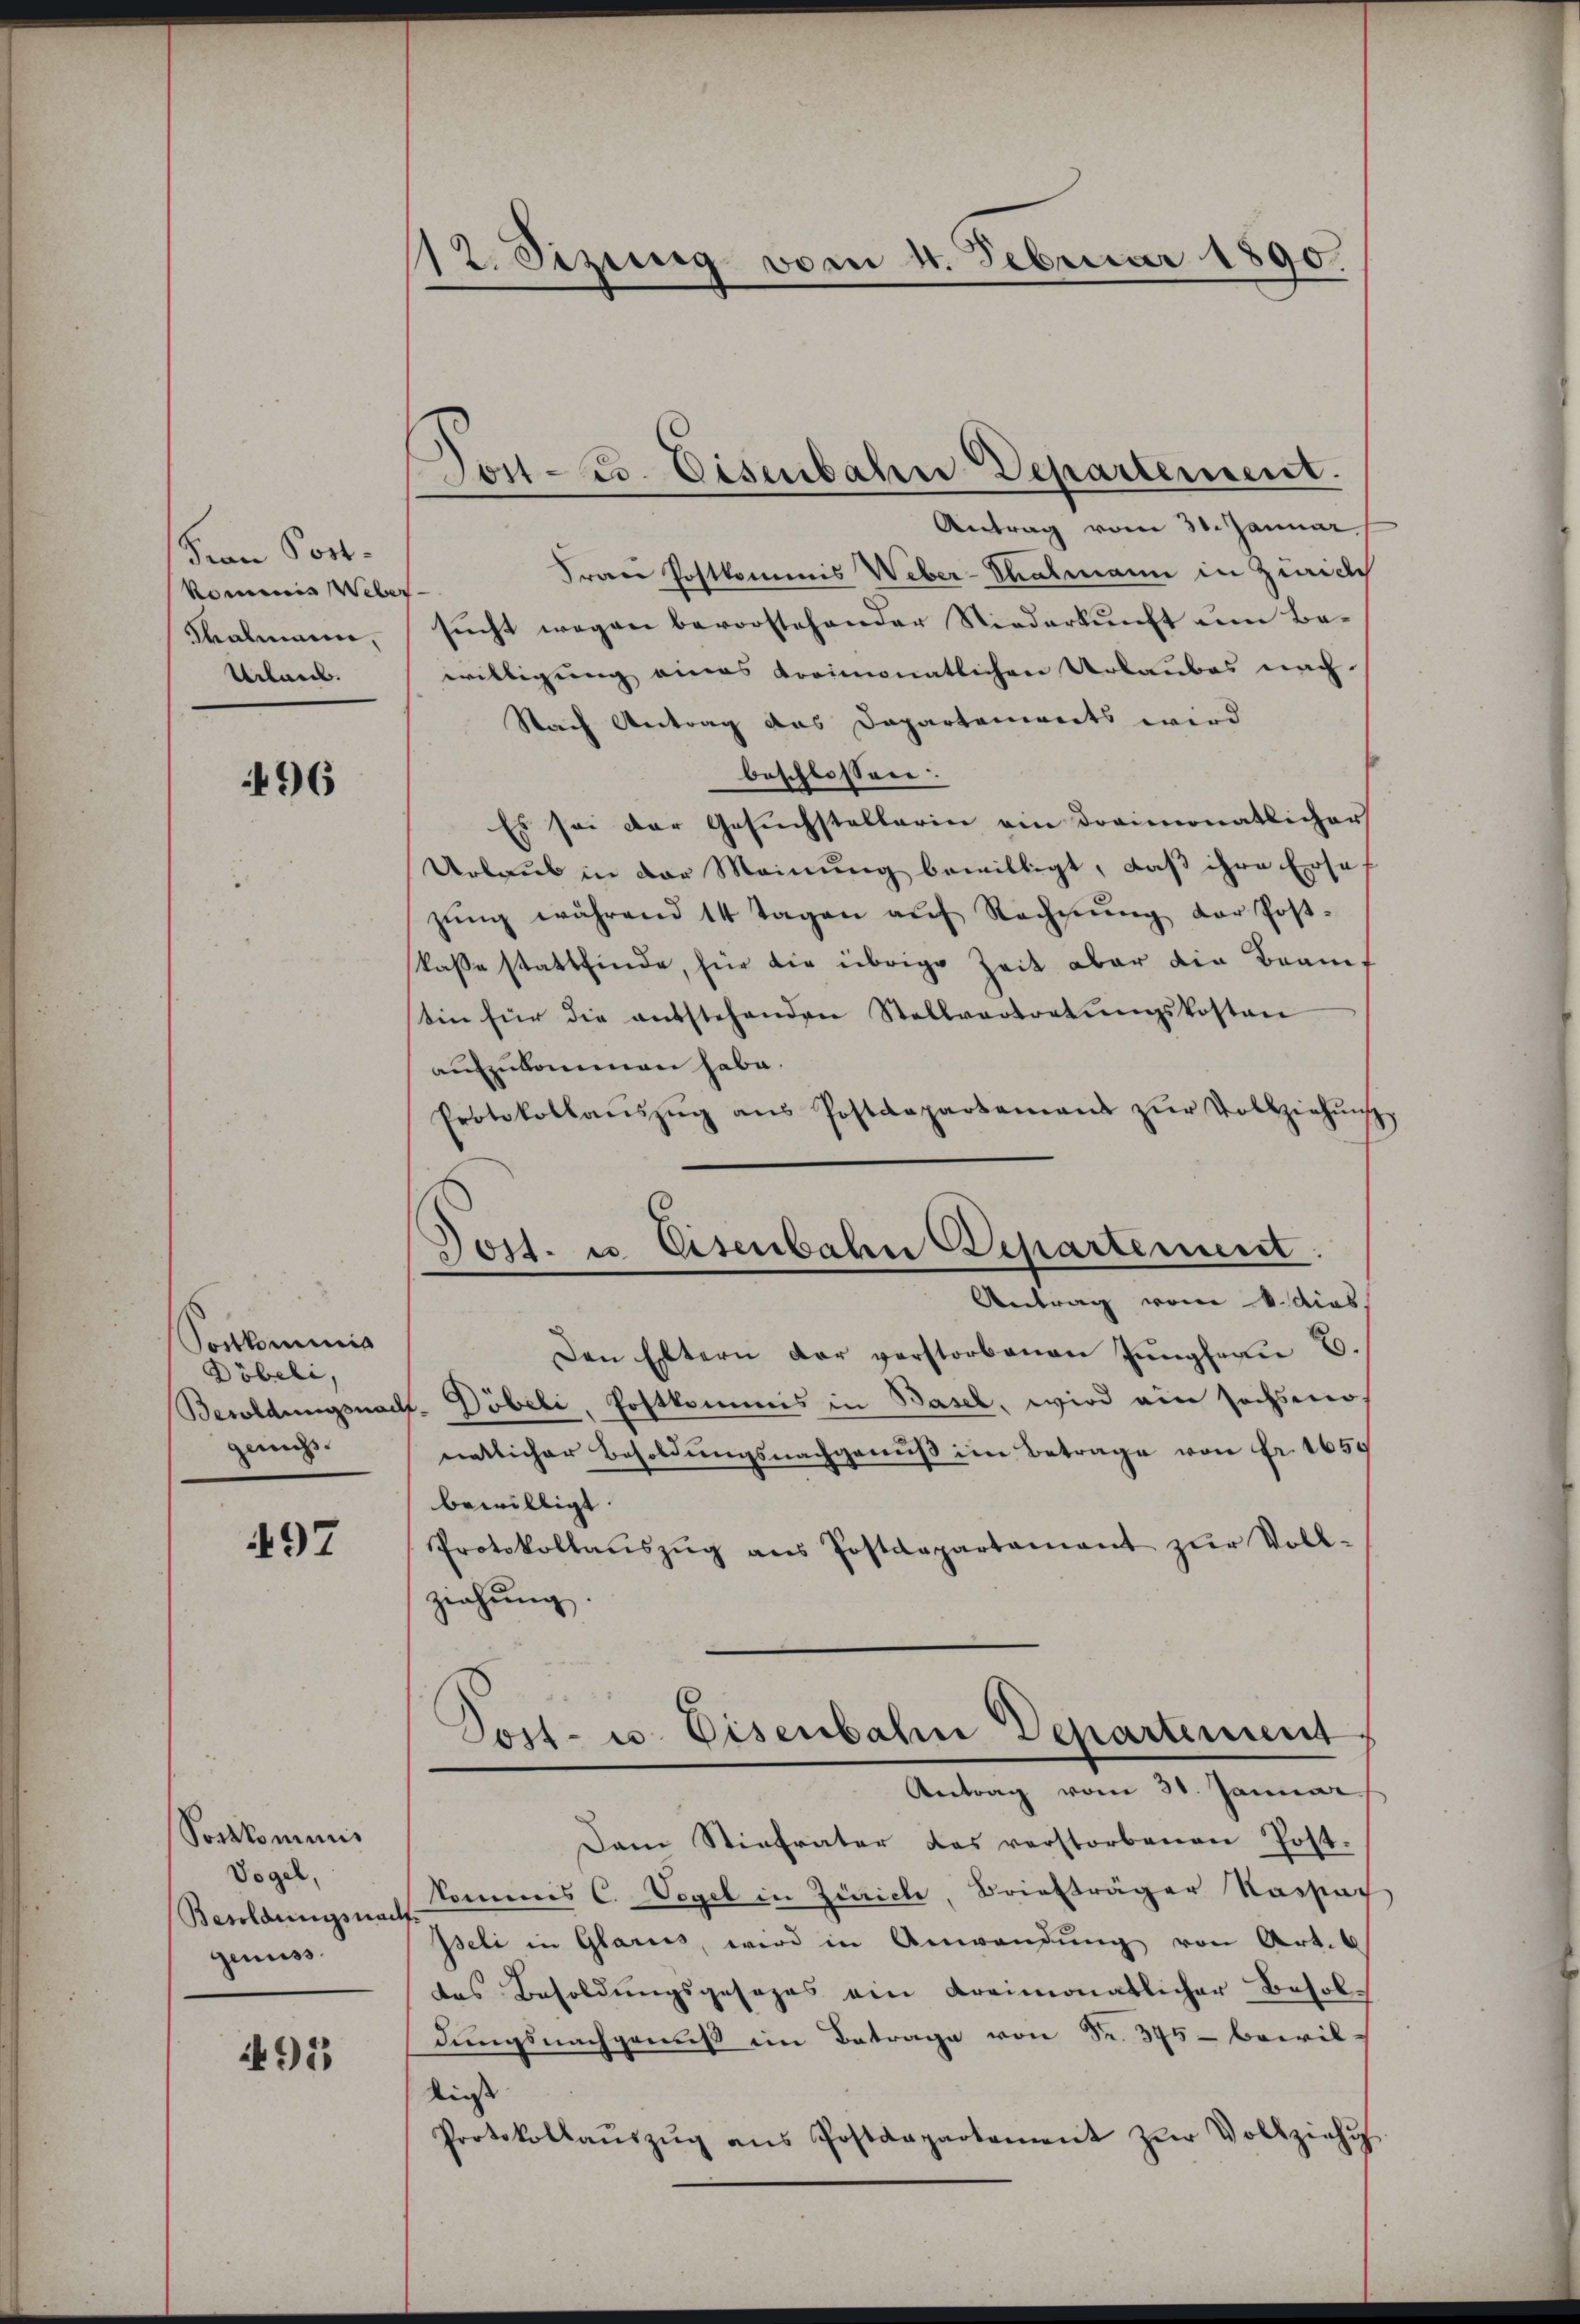
Frau Post¬
Kommis Weber
Salmann,
Urbael.

496

Sontkominis
Döbeli,
genechs.

497

Sorkommnis
Vogel,
Besoldungsnach
genuss.

4915

12. Sizig vom 4. Februar 1890.

Antrag vom 30. Januar.
Frau Postkommis Weber-Thalmann in Zürich
sucht wegen bevorstehender Niederkunft um Ba-
willigung eines Kreimonatlichen Urlaubes nach-
Nach Antrag des Departenwerts wird
beschlossen:
Es sei der Gesuchstellerin ein dreimonatlicher
Urlaub in der Meinung bewilligt, daß ihre Erse
zŭng während 14 Tagen aŭf Rechnŭng der Post-
kasse stattfinde, für die übrige Zeit aber die Braut
tin für die entstehenden Stellvertretŭngskosten
aufzukommen habe.
Protokollaŭszŭg ans Postdepartamens zŭr Vollziehŭng
Antrag vom 6. dies
Den Eltern der verstorbenen Jungfrau B.
Besoldungsnach- Döbeli, Postkommis in Basel, wird ein sechsmo-
natlicher Besoldungsnachgenuß im Betrage von Fr. 1650
bewilligt.
Protokollaŭszŭg ans Postdepartamant zŭr Voll-
ziehung.
Post- u. Eisenbahn Departement
Antrag vom 31. Januar
Dem Stiefvater das verstorbenen Post-
kommes C. Vegel in Zürich, Briefträger Kassat
Iseli in Glarus, wird in Anwendung von Art.
das Besoldungsgesezes ein dreimonatlicher Besoldŭngsnachgenuß im Betrage von Fr. 375 bewil-
liess
Protokollaŭszŭg ans Postdepartement zŭr Vollziehŭ

Jost 23. Eisenbahn Departement.

Jost. u. Eisenbahn Departement.